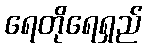
ရေတိုရေရှည်